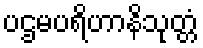
ပဌမပရိဟာနိသုတ္တံ